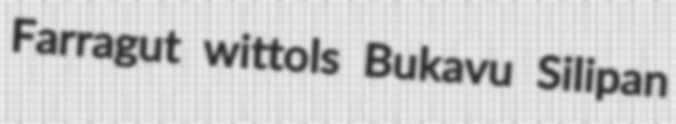
Farragut wittols Bukavu Silipan